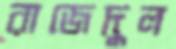
রাজেদুল